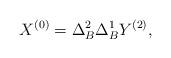
LaTeX: \begin{align*}X^{(0)}=\Delta^2_B\Delta^1_BY^{(2)},\end{align*}